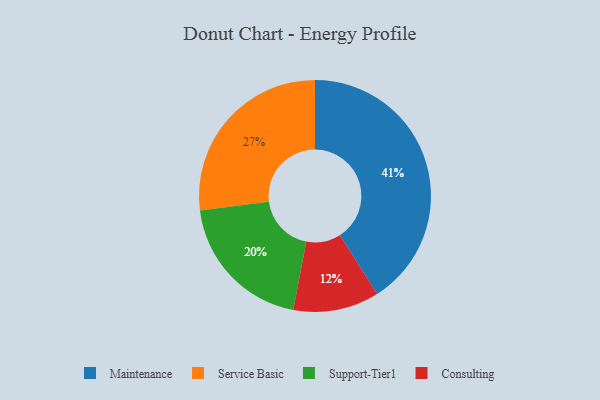
{"axis": {"x": "Category", "y": "Percentage"}, "legend": ["Consulting", "Maintenance", "Service Basic", "Support-Tier1"], "data": [{"x": "Service Basic", "y": 27, "type": "Service Basic"}, {"x": "Maintenance", "y": 41, "type": "Maintenance"}, {"x": "Consulting", "y": 12, "type": "Consulting"}, {"x": "Support-Tier1", "y": 20, "type": "Support-Tier1"}]}